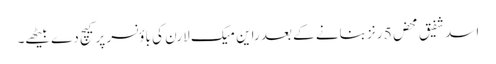
اسد شفیق محض 5 رنز بنانے کے بعد راین میک لارن کی باؤنسر پر کیچ دے بیٹھے۔